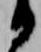
る